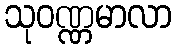
သုဝဏ္ဏမာလာ